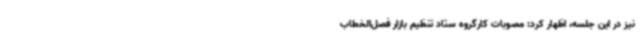
نیز در این جلسه، اظهار کرد: مصوبات کارگروه ستاد تنظیم بازار فصل‌الخطاب